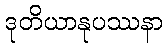
ဒုတိယာနုပဿနာ